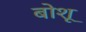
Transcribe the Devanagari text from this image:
बोशू